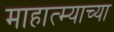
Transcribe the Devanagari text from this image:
माहात्म्याच्या